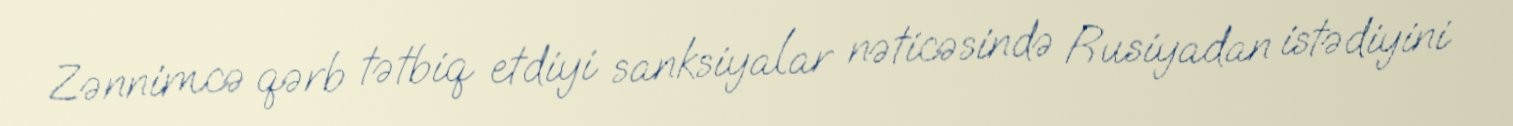
Zənnimcə qərb tətbiq etdiyi sanksiyalar nəticəsində Rusiyadan istədiyini